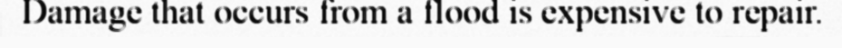
Damage that occurs from a flood is expensive to repair.